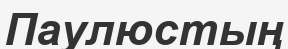
Паулюстың